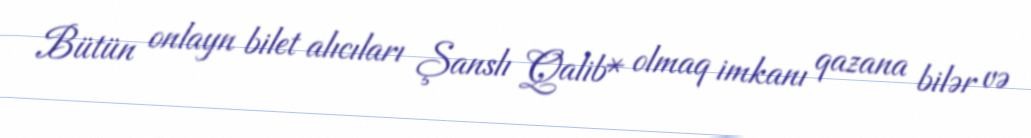
Bütün onlayn bilet alıcıları Şanslı Qalib* olmaq imkanı qazana bilər və